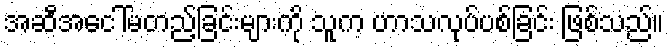
အဆီအငေါ်မတည့်ခြင်းများကို သူက ဟာသလုပ်ပစ်ခြင်း ဖြစ်သည်။